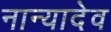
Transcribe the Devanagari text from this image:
नान्यादेव